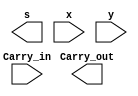
module FA(s, Carry_out, x, y, Carry_in);
input x, y, Carry_in;
output s, Carry_out;

  
endmodule

module HA(s, c, x, y);
input x, y;
output s, c;


  
endmodule